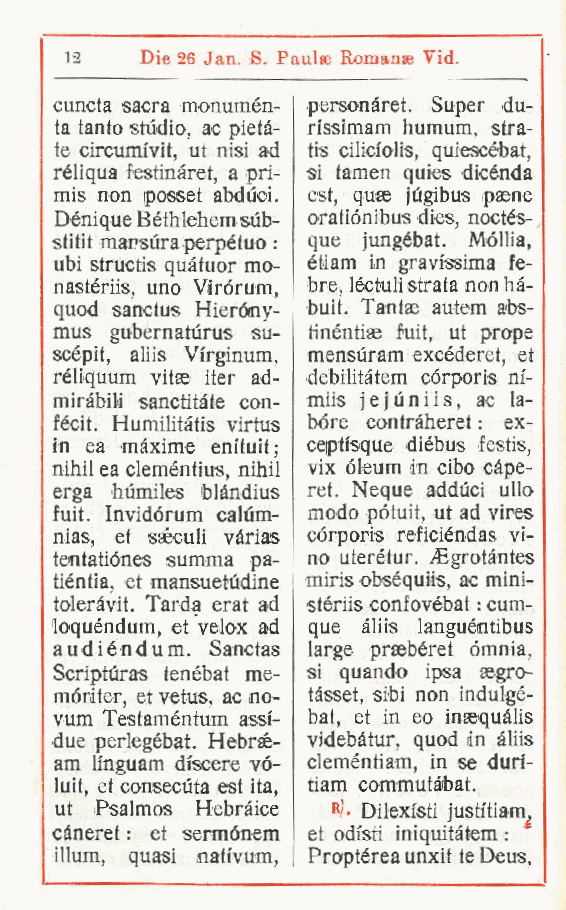
12   Die 26 Jan. S. Paulse Romanae Vid.
 cuncta sacra monumén- personàret. Super du-
 ta tanto stùdio ac pietà- n'ssimam humum, stra-
 ,
 te cirouraivit, ut nisi ad tis cilici'olis, quiescébat,
 réliqua festinàret a pri- si tamen quies dicénda
 ,
 mis non posset abdùci. est, quae jugibus paene
 Dénique Béthlehem sùb- oratiónibus dies, noctés-
 stitit marsura perpètuo : que jungébat. Móllia,
 ubi structis quàtuor mo- étìam in gravissima fe-
 nastériis, uno Virorum bre, léctulisfrata non hà-
 quod sanctus Hieróny-, buit. Tantse autem abs-
 mus gubernatùrus su- tinéntias fuit, ut prope
 scépit, aliis Virginum mensuram excéderet, et
 ,
 réliquum vitae iter ad- debilitàtem córporis m-
 miràbili sanctitàte con- miis jejuniis, ac la-
 fécit. Humilitàtis virtus bóre contràheret : ex-
 in ea màxime em'tuit; ceptisque diébus festis,
 nihil ea cleméntius nihil vix óleum in cibo cape-
 ,
 erga humiles blàndius rei. Neque adduci ullo
 fuit. Invidórum caiùm- modo pótuit, ut ad vires
 nias, et saéculi vàrias córporis reficiéndas vi-
 tentatiónes summa pa- no uterétur. iEgrotàntes
 tiéntia, et mansuetudine miris obséquiis, ac mini-
 toleràvit. Tarda erat ad stériis confovébat : cum-
 loquéndum, et velox ad que àliis languemtibus
 audiéndum. Sanctas large praebéret ómnia,
 Scriptùras tenébat me- si quando ipsa segro-
 móriter, et vetus ac no- tàsset, sibi non indulgé-
 ,
 vum Testaméntum assi- bat, et in eo inaequàlis
 due perlegébat. Hebrsé- videbàtur, quod in àliis
 am linguam discere vó- cleméntiam, in se duri-
 luit, et consecuta est ita, tiam commutàbat.
 ut Psalmos Hebràice hJ- Dilexisti justitiam
 j
 càneret : et sermónem et odisti iniquitàtem :
 illum, quasi nativum Proptérea unxit te Deus,
 ,